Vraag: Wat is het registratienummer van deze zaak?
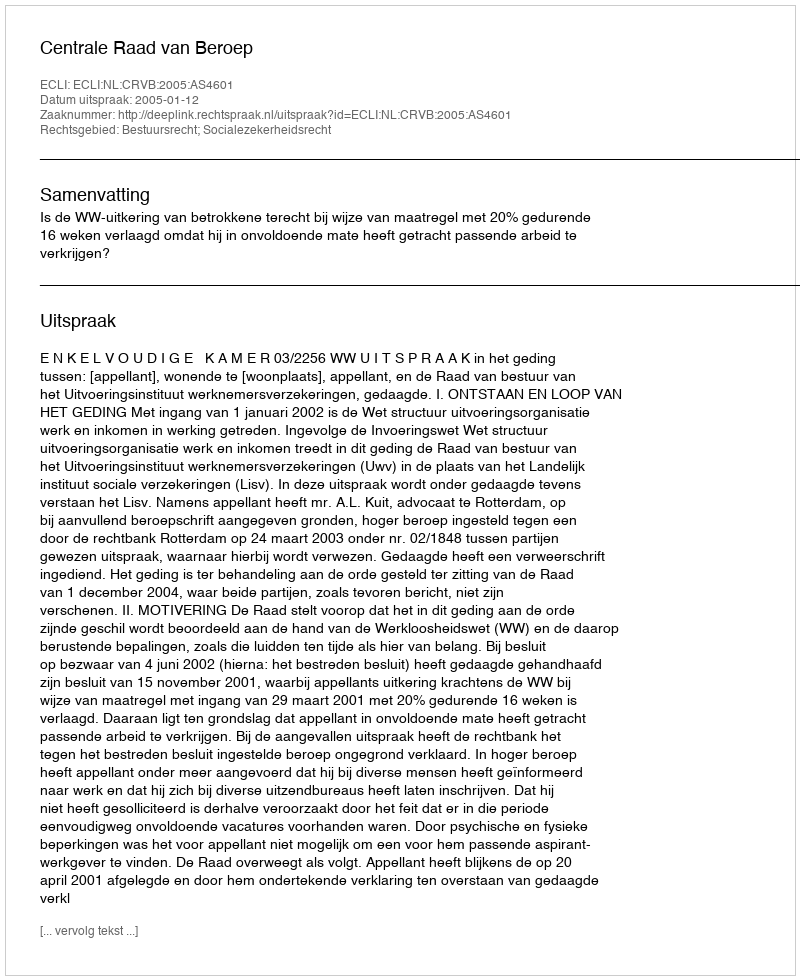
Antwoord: http://deeplink.rechtspraak.nl/uitspraak?id=ECLI:NL:CRVB:2005:AS4601